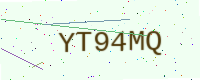
Text: YT94MQ